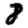
Digit: 8